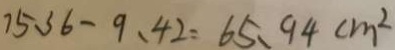
7 5 . 3 6 - 9 . 4 2 = 6 5 . 9 4 c m ^ { 2 }